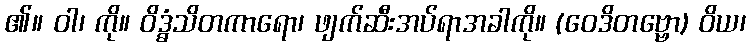
၏။ ဝါ၊ ကို။ ဝိဒ္ဓံသိတကာရော၊ ဖျက်ဆီးအပ်ရာအခါကို။ (ဝေဒိတဗ္ဗော) ဝိယ၊